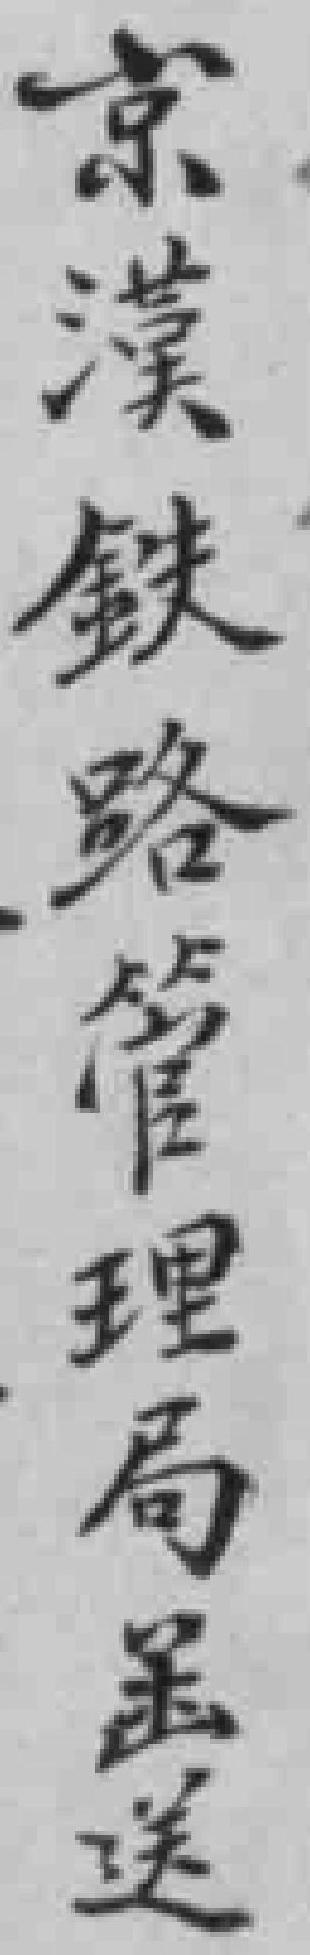
京漢鐵路管理局函送